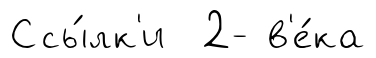
Ссы́лк'и 2- в'е́ка